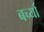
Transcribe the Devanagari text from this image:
बर्च्या